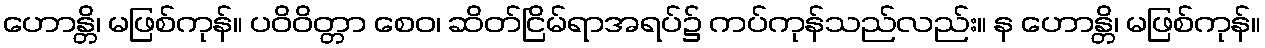
ဟောန္တိ၊ မဖြစ်ကုန်။ ပဝိဝိတ္တာ စေဝ၊ ဆိတ်ငြိမ်ရာအရပ်၌ ကပ်ကုန်သည်လည်း။ န ဟောန္တိ၊ မဖြစ်ကုန်။